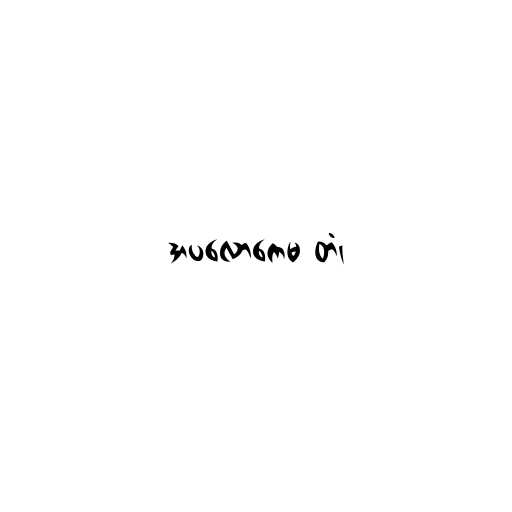
အပလောကေမ တံ၊